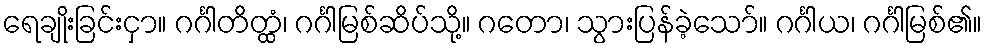
ရေချိုးခြင်းငှာ။ ဂင်္ဂါတိတ္ထံ၊ ဂင်္ဂါမြစ်ဆိပ်သို့။ ဂတော၊ သွားပြန်ခဲ့သော်။ ဂင်္ဂါယ၊ ဂင်္ဂါမြစ်၏။